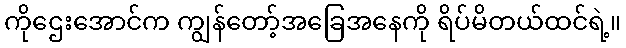
ကိုဌေးအောင်က ကျွန်တော့်အခြေအနေကို ရိပ်မိတယ်ထင်ရဲ့။